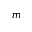
m